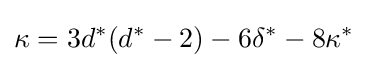
\kappa =3d^{*}(d^{*}-2)-6\delta ^{*}-8\kappa ^{*}